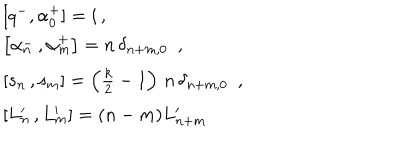
LaTeX: \begin{array} { l } { { \lbrack q ^ { - } , \alpha _ { 0 } ^ { + } ] = i \, , } } \\ { { \left[ \alpha _ { n } ^ { - } \, , \alpha _ { m } ^ { + } \right] = n \, \delta _ { n + m , 0 } \, \, \, , } } \\ { { \left[ s _ { n } \, , s _ { m } \right] = \left( \frac k 2 - 1 \right) \, n \, \delta _ { n + m , 0 } \, \, \, , } } \\ { { \left[ L _ { n } ^ { \prime } \, , L _ { m } ^ { \prime } \right] = ( n - m ) L _ { n + m } ^ { \prime } } } \\ \end{array}